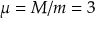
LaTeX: \mu = M / m = 3